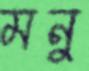
মনু